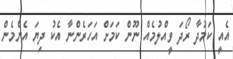
އެއީ ކަމުދާ ރޯދަ ވީއްލުމެއް ނޫން ކަމަށް އަހަރެންނާ އެކު ދިޔަ އެންމެން